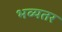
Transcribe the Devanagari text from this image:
भव्यतर